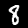
Label: 8